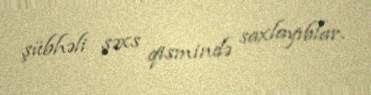
şübhəli şəxs qismində saxlayıblar.